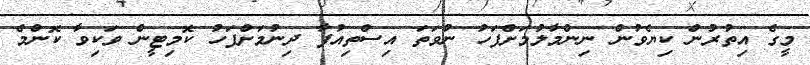
މީގެ އިތުރުން ކިޔެވުން ނިންމާލުމަށްފަހު ނުވަތަ އިސްތިއުފާ ދިނުމަށްފަހު ކޮމިޓީން ވަކިވާ ކޮންމެ